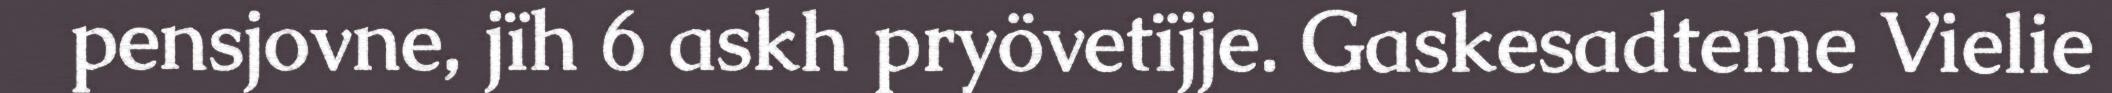
pensjovne, jïh 6 askh pryövetïjje. Gaskesadteme Vielie